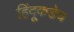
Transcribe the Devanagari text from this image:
हिंदूकडेच